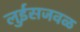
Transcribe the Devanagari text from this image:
लुईसजवळ